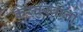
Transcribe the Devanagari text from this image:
कस्तुरबांनी